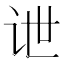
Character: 𰵔